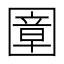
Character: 𡈠